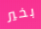
بخير